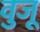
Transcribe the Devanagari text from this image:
वुजू